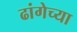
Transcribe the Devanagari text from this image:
ढांगेच्या